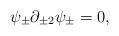
LaTeX: \begin{align*}\psi_{\pm}\partial_{\pm2}\psi_{\pm}=0,\end{align*}